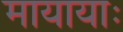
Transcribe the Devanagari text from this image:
मायायाः